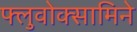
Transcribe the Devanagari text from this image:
फ्लुवोक्सामिने